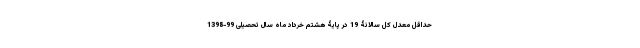
حداقل معدل کل سالانۀ 19 در پایۀ هشتم خرداد ماه سال تحصیلى 99-1398